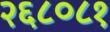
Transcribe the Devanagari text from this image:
२६८०८१